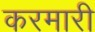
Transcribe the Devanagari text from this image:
करमारी